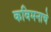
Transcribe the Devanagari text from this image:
कविमनाचे